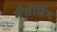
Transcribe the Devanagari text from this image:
मैसेंजिंग